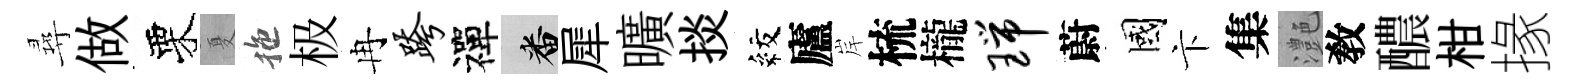
尋做栗夏拖极冉跨禪番犀曠掞紋廬岸梳櫳瑞蔚國卞集灔敎醲柑掾